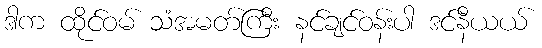
ဒါက ထိုင်ဝမ် သံအမတ်ကြီး နင်ချင်ဝန်းပါ ဒင်နီယယ်